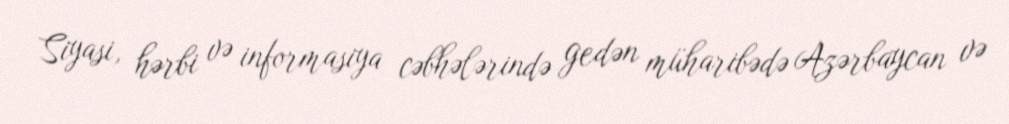
Siyasi, hərbi və informasiya cəbhələrində gedən müharibədə Azərbaycan və